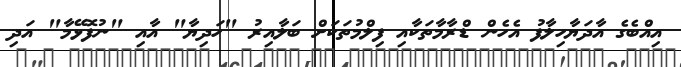
އިއްބެގެ އާދަޔާހިލާފު އެހެން ޑްރާމާތަކާއި ފިލްމުތަކަށް ބަލާއިރު "ހަދިޔާ" އާއި "ނުފޮޅޭމާ" އަދި